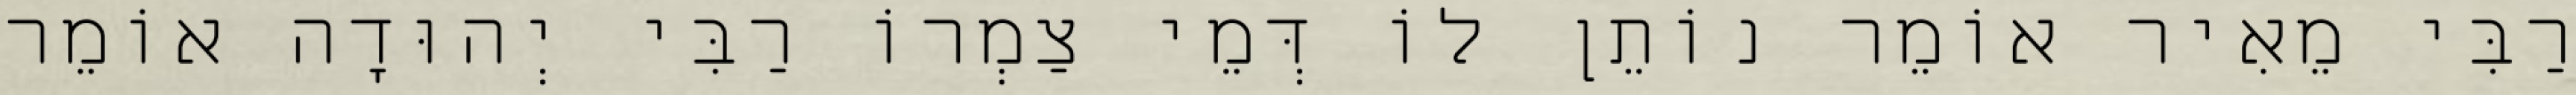
רַבִּי מֵאִיר אוֹמֵר נוֹתֵן לוֹ דְּמֵי צַמְרוֹ רַבִּי יְהוּדָה אוֹמֵר